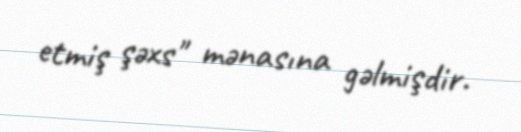
etmiş şəxs" mənasına gəlmişdir.